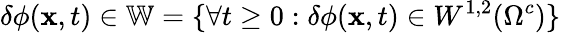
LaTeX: \delta\phi(\mathbf{x},t)\in\mathbb{W}=\lbrace\forall t\geq 0:\delta\phi(\mathbf{x},t)\in W^{1,2}(\Omega^{c})\rbrace